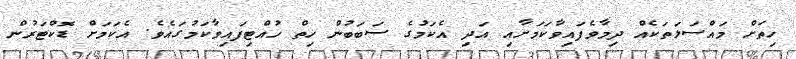
ހިތަށް މައްސަލަތަކެއް ދިމާވެފައިވާކަމަށާއި އަދި އެކަމުގެ ސަބަބުން ހިތް ހުއްޓިފައިވާކަމުގައެވެ. އެކަމަށް ޑޮކްޓަރުން